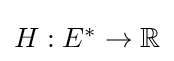
{\textstyle H:E^{*}\to \mathbb {R} }